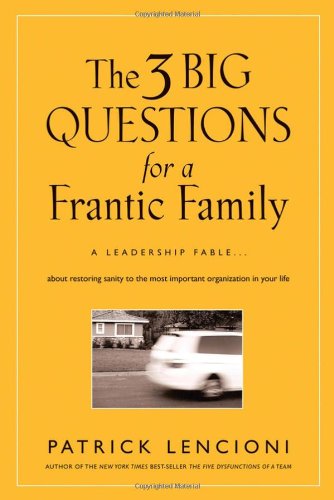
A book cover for The Three Big Questions for a Frantic Family: A Leadership FableÃE About Restoring Sanity To The Most Important Organization In Your Life; Patrick Lencioni; Parenting & Relationships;